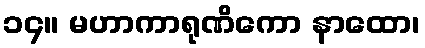
၁၄။ မဟာကာရုဏိကော နာထော၊